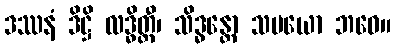
ဒဿနံ ဒိဋ္ဌိ လဒ္ဓိတ္ထီ၊ သိဒ္ဓန္တော သမယော ဘဝေ။